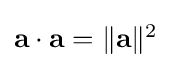
{\textstyle \mathbf {a} \cdot \mathbf {a} =\|\mathbf {a} \|^{2}}